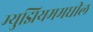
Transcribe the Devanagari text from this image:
म्युझियममधील